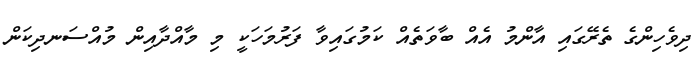
ދިވެހިންގެ ތެރޭގައި އާންމު އެއް ބާވަތެއް ކަމުގައިވާ ފަރުމަހަކީ މި މާއްދާއިން މުއްސަނދިކަން